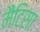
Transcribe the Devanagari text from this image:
मैंटिसा